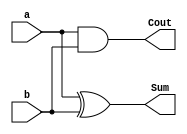
// This program was cloned from: https://github.com/tharunchitipolu/Dadda-Multiplier-using-CSA
// License: Mozilla Public License 2.0

// Designing in Half Adder 
// Sum = a XOR b, Cout = a AND b


module HA(a, b, Sum, Cout);

input a, b; // a and b are inputs with size 1-bit
output Sum, Cout; // Sum and Cout are outputs with size 1-bit

assign Sum = a ^ b; 
assign Cout = a & b; 

endmodule